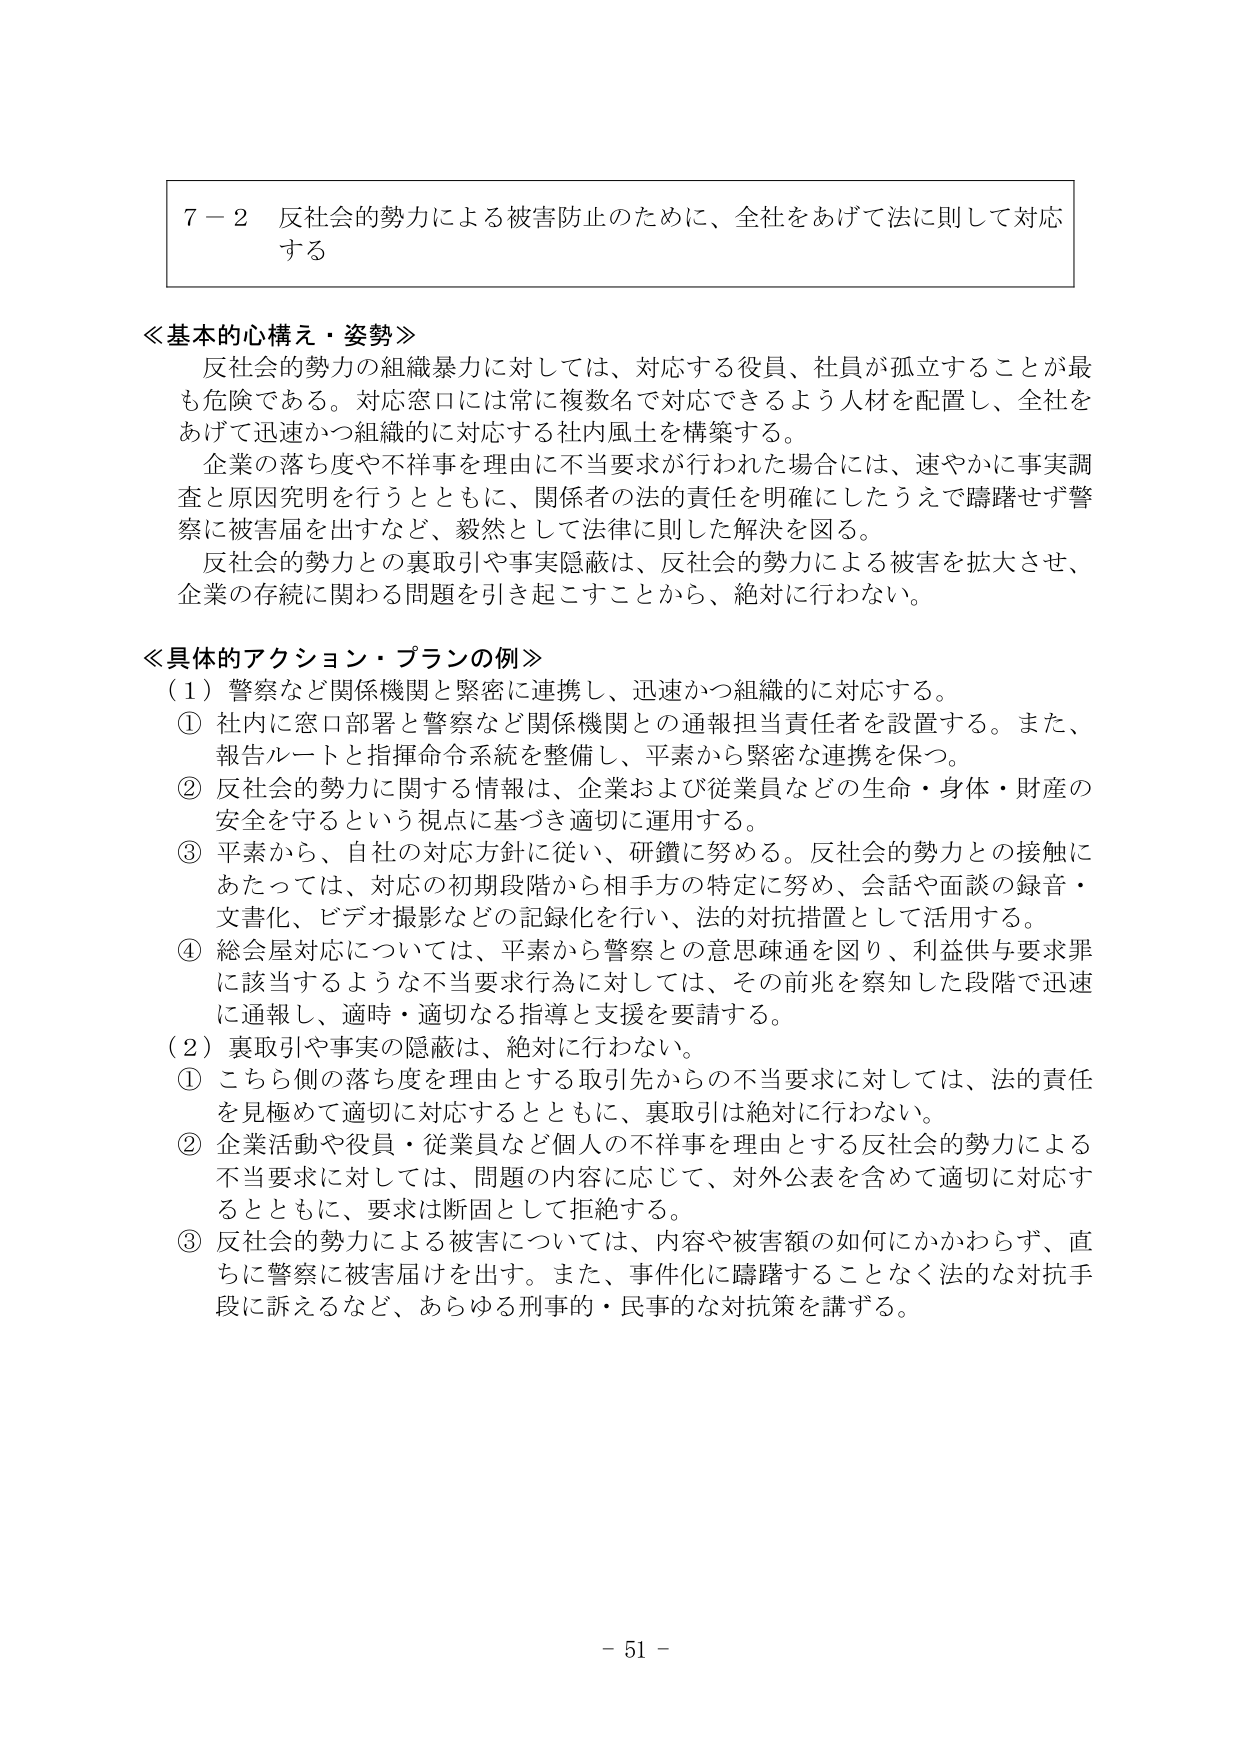
７－２ 反社会的勢力による被害防止のために、全社をあげて法に則して対応する

≪基本的心構え・姿勢≫
反社会的勢力の組織暴力に対しては、対応する役員、社員が孤立することが最も危険である。対応窓口には常に複数名で対応できるよう人材を配置し、全社をあげて迅速かつ組織的に対応する社内風土を構築する。
企業の落ち度や不祥事を理由に不当要求が行われた場合には、速やかに事実調査と原因究明を行うとともに、関係者の法的責任を明確にしたうえで躊躇せず警察に被害届を出すなど、毅然として法律に則した解決を図る。
反社会的勢力との裏取引や事実隠蔽は、反社会的勢力による被害を拡大させ、企業の存続に関わる問題を引き起こすことから、絶対に行わない。

≪具体的アクション・プランの例≫
（１）警察など関係機関と緊密に連携し、迅速かつ組織的に対応する。
① 社内に窓口部署と警察など関係機関との通報担当責任者を設置する。また、報告ルートと指揮命令系統を整備し、平素から緊密な連携を保つ。
② 反社会的勢力に関する情報は、企業および従業員などの生命・身体・財産の安全を守るという視点に基づき適切に運用する。
③ 平素から、自社の対応方針に従い、研鑽に努める。反社会的勢力との接触にあたっては、対応の初期段階から相手方の特定に努め、会話や面談の録音・文書化、ビデオ撮影などの記録化を行い、法的対抗措置として活用する。
④ 総会屋対応については、平素から警察との意思疎通を図り、利益供与要求罪に該当するような不当要求行為に対しては、その前兆を察知した段階で迅速に通報し、適時・適切なる指導と支援を要請する。
（２）裏取引や事実の隠蔽は、絶対に行わない。
① こちら側の落ち度を理由とする取引先からの不当要求に対しては、法的責任を見極めて適切に対応するとともに、裏取引は絶対に行わない。
② 企業活動や役員・従業員など個人の不祥事を理由とする反社会的勢力による不当要求に対しては、問題の内容に応じて、対外公表を含めて適切に対応するとともに、要求は断固として拒絶する。
③ 反社会的勢力による被害については、内容や被害額の如何にかかわらず、直ちに警察に被害届けを出す。また、事件化に躊躇することなく法的な対抗手段に訴えるなど、あらゆる刑事的・民事的な対抗策を講ずる。

－ 51 －